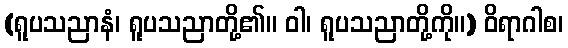
(ရူပသညာနံ၊ ရူပသညာတို့၏။ ဝါ၊ ရူပသညာတို့ကို။) ဝိရာဂါစ၊